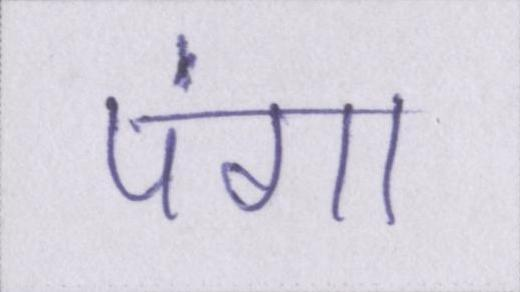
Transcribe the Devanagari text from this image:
पंगा